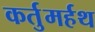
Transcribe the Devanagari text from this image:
कर्तुमर्हथ